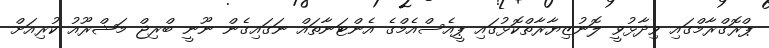
ޕްރޮގްރާމްގައި ވިދާޅުވީ ލޮނުޒިޔާރާތްކޮޅުގައި ޕީއެސްއެމްގެ އެންޓަނާތައް ނަގައިގެން ނޫނީ ބްރިޖް މަޝްރޫއު ކުރިއަށް